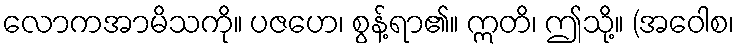
လောကအာမိသကို။ ပဇဟေ၊ စွန့်ရာ၏။ ဣတိ၊ ဤသို့။ (အဝေါစ၊